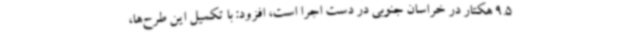
9.5 هکتار در خراسان جنوبی در دست اجرا است، افزود: با تکمیل این طرح‌ها،